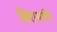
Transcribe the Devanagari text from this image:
शिरामणि